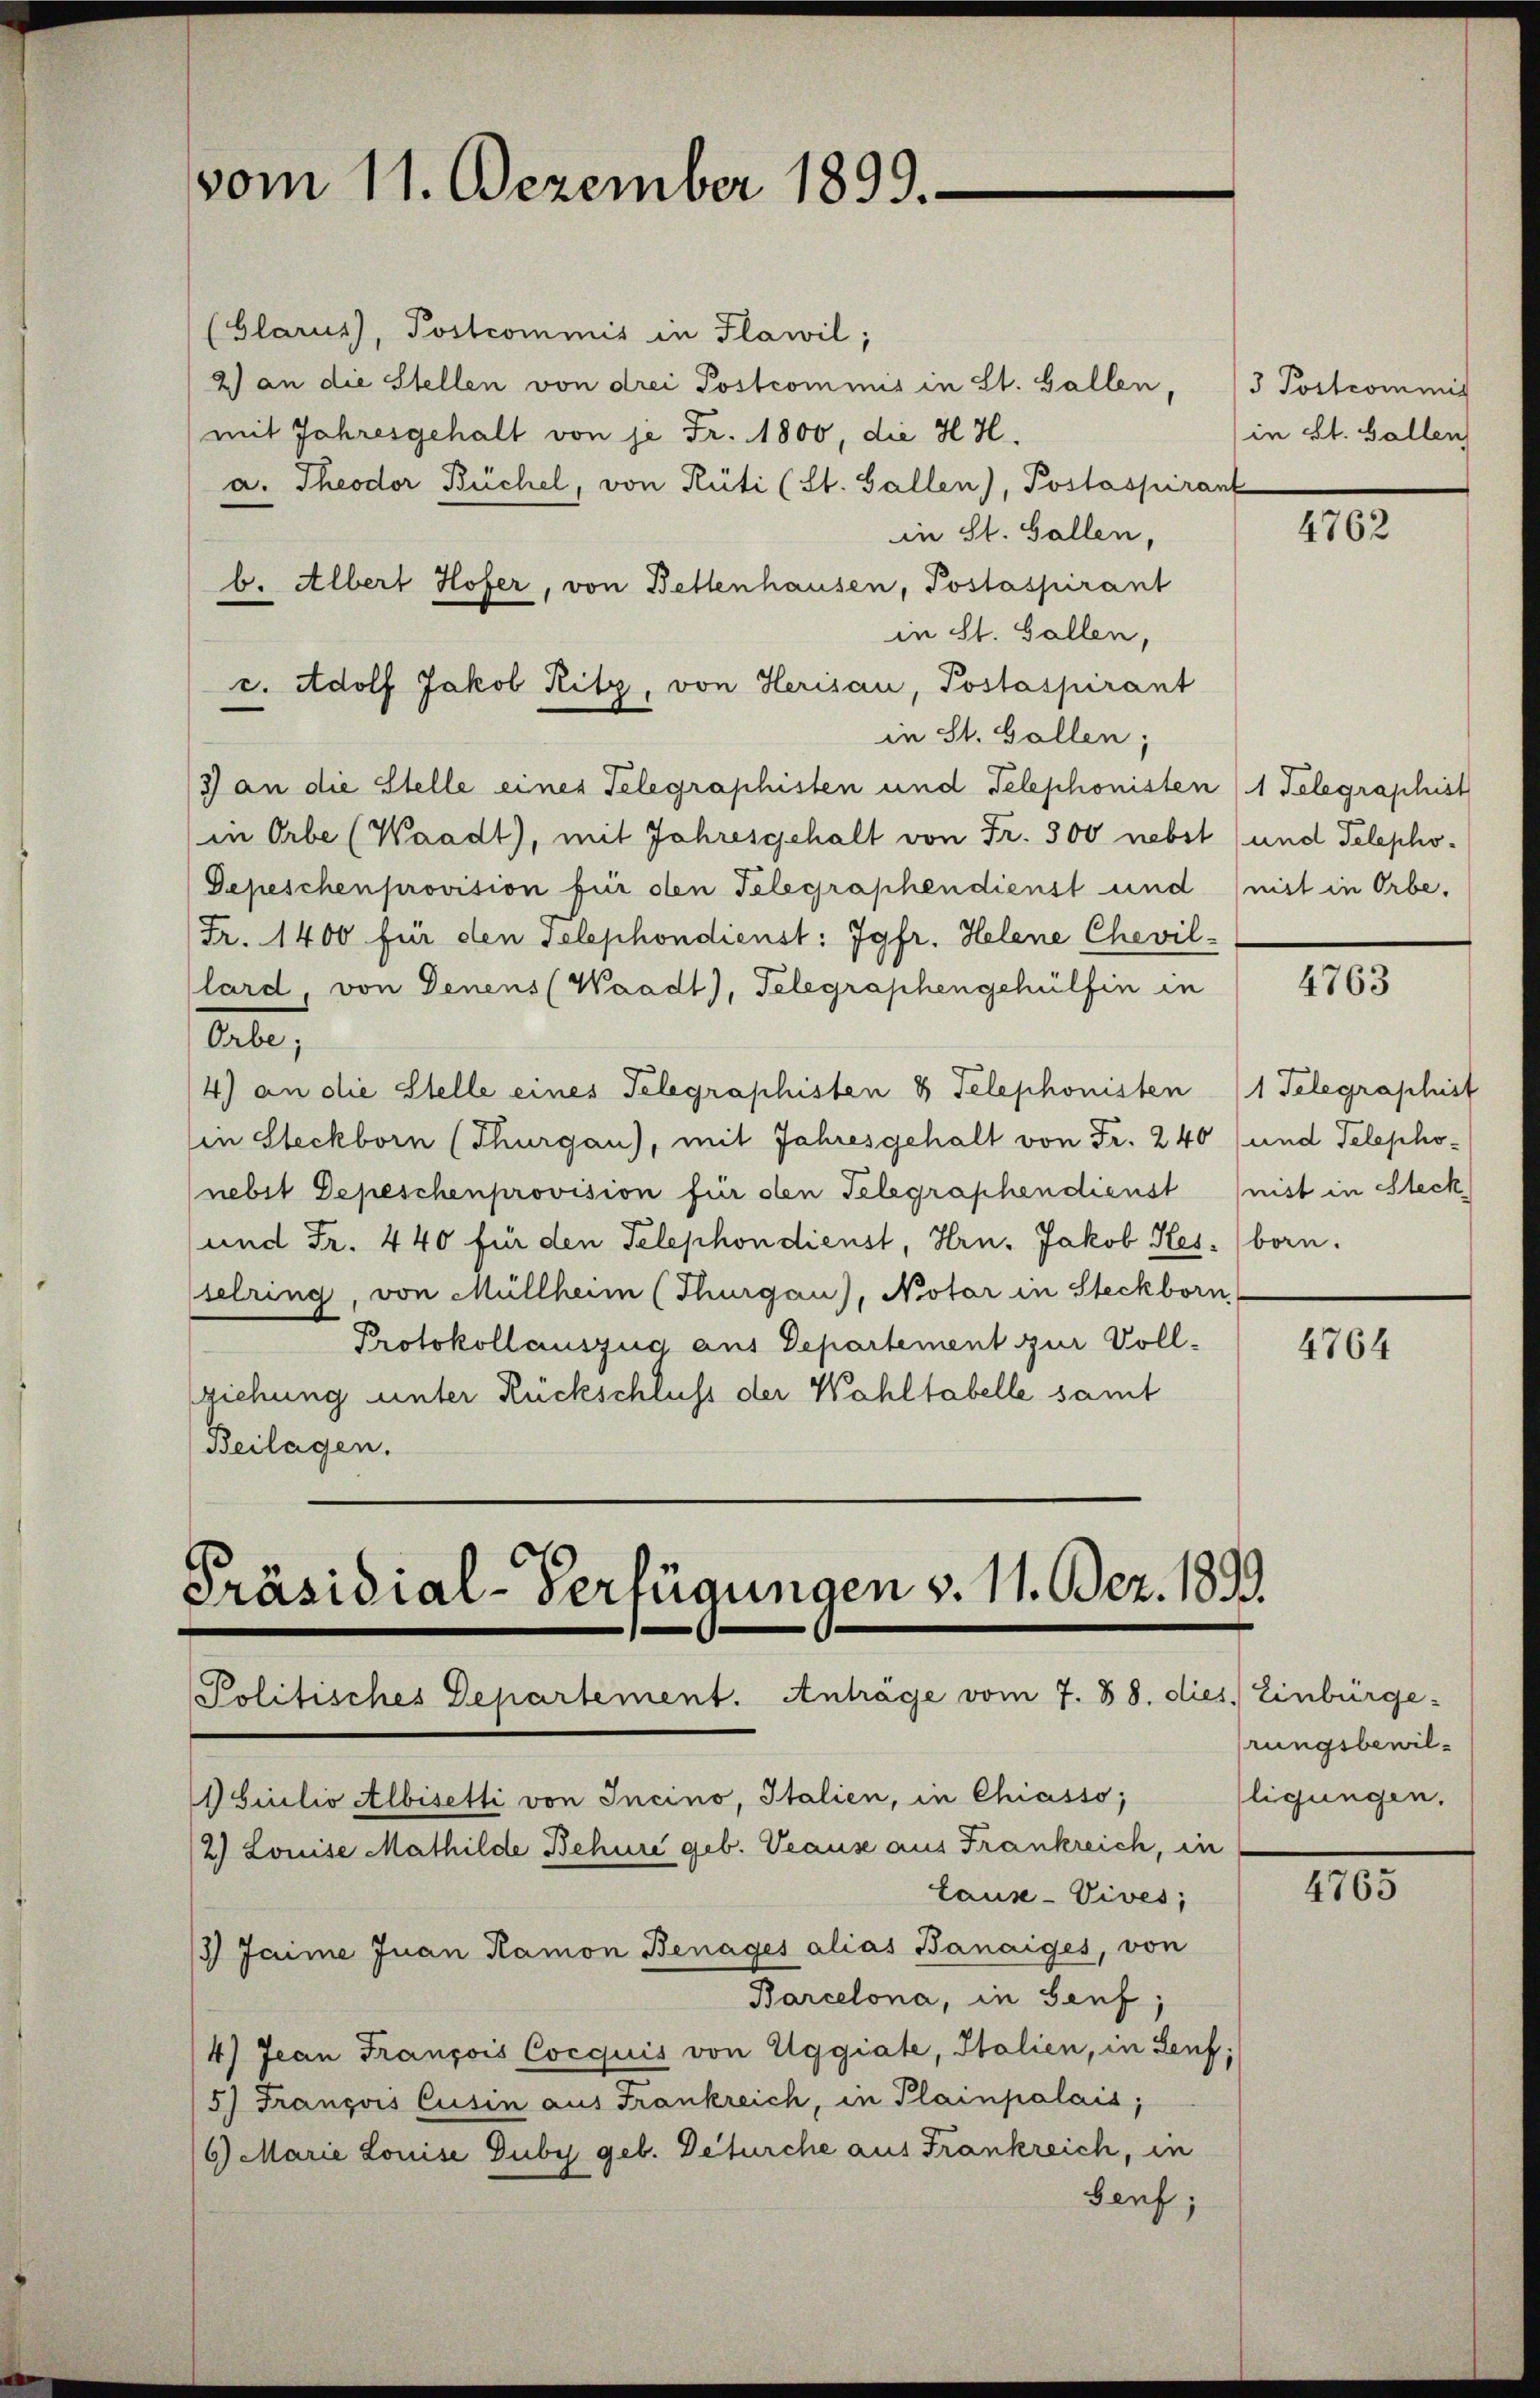
vom 11. Dezember 1899.

(Glarus, Postcommis in Plawil;
2) an die Stellen von drei Postcommis in St. Gallen, 3 Postcommis
mit Jahresgehalt von je Fr. 1800, die H. H.
a. Theodor Büchel, von Rüti (St. Gallen), Postaspirant
in St. Gallen,
b. Albert Hofer, von Bettenhausen, Postaspirant
in St. Gallen,
c. Adolf Jakob Ritz, von Herisau, Postaspirant
in St. Gallen;
/3 an die Stelle eines Telegraphisten und Telephonisten (1 Telegraphist
in Orbe (Waadt), mit Jahresgehalt von Fr. 500 nebst (und Telepho-
Depeschen provision für den Telegraphendienst und (mit in Orbe,
Fr. 1400 für den selephondienst: Jgfr. Helene Chevil-
lard, von Denens (Waadt), Telegraphengehülfen in
Orbe;
4) an die Stelle eines Telegraphisten 8 Telephonisten (1 Telegraphist
in Steckborn (Thurgau), mit Jahresgehalt von Fr. 240 (und Telepho-
nebit Depeschenprovision für den Telegraphendienst (nist in Steck
und Fr. 440 für den Telephon dienst, Hrn. Jakob Hes. born.
selring, von Müllheim (Thurgau), Notar in Steckborn
Protokollauszug aus Departement zur Vollziehung unter Rückschluss der Wahltabelle samt
Beilagen.

Präsidial-Verfügungen v. 11. Dez. 1893.
Politisches Departement. Anträge vom 7. 88. dies, Einbürge-

Laus-Vives;
 Jaime Juan Kamon Benages alias Banaiges, von
Barcelona, in Genf,
4) Jean François Cocquis von Uggiate, Italien, in Lenf;
15) François Cusin aus Frankreich, in Plainpalais;
6) Marie Louise Duby geb. Defürche aus Frankreich, in
Senf,

biulio Albisetti von Incino, Italien, in Chiasso,
/2) Louise Mathilde Behure geb. Veause aus Frankreich, in

in St. Gallen

4762

4763

4764

rungsbewilligungen.

4765